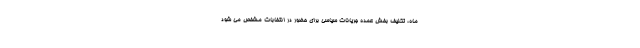
ماه، تکلیف بخش عمده جریانات سیاسی برای حضور در انتخابات مشخص می شود